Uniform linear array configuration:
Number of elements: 8
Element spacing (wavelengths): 1
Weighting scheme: cosine
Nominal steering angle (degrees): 15
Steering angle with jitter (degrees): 15.923
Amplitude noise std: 0.05
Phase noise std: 0.05

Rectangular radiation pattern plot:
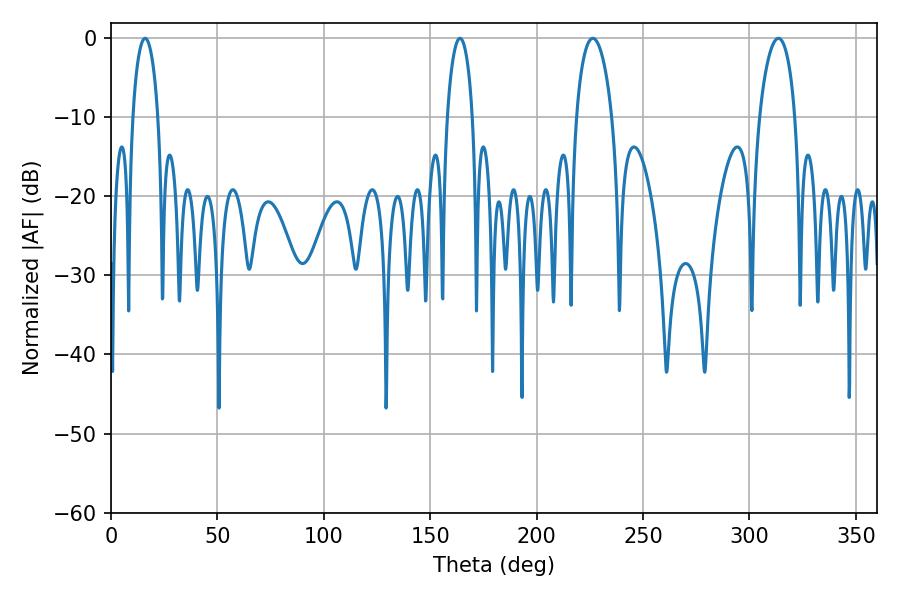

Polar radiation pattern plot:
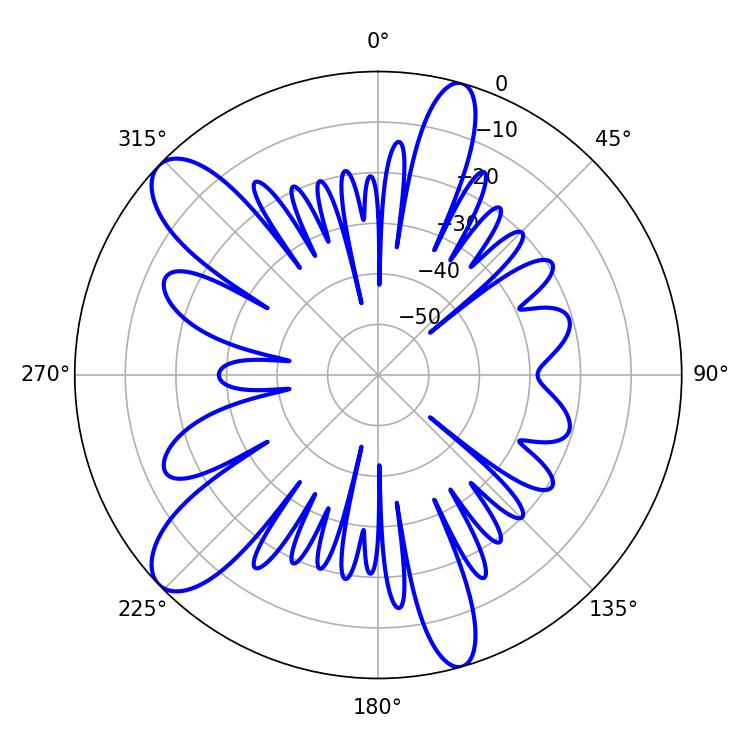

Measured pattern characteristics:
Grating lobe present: TRUE
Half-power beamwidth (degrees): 6.84
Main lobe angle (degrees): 16.02